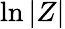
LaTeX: \ln{\lvert Z\rvert}